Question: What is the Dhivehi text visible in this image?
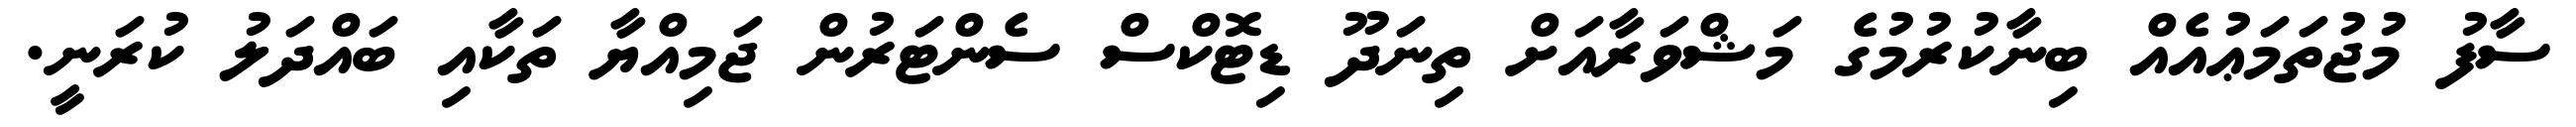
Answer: ސާފު މުޖުތަމަޢުއެއް ބިނާކުރުމުގެ މަޝްވަރާއަށް ތިނަދޫ ޑިޓޮކްސް ސެންޓަރުން ޖަމިއްޔާ ތަކާއި ބައްދަލު ކުރަނީ.